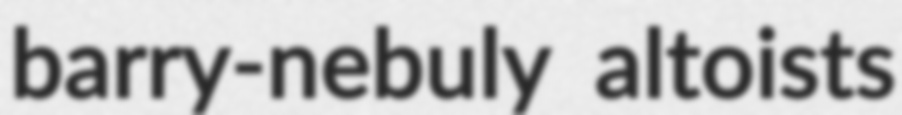
barry-nebuly altoists